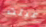
عبثت